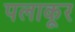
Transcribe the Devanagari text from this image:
पलाकूर